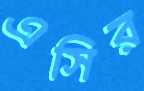
এসির